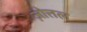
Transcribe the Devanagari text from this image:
ज़ोत्तल